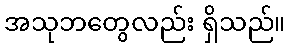
အသုဘတွေလည်း ရှိသည်။